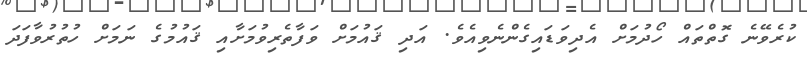
ކުރެވޭނެ ގޮތްތައް ހޯދުމަށް އެދިވަޑައިގެންނެވިއެވެ. އަދި ޤައުމަށް ވަފާތެރިވުމަށާއި ޤައުމުގެ ނަމަށް ހުތުރުވާފަދަ